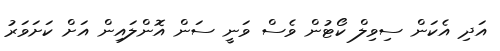
އަދި އެކަން ސިވިލް ކޯޓުން ވެސް ވަނީ ސަން އޮންލައިން އަށް ކަށަވަރު